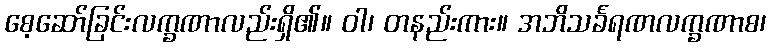
စေ့ဆော်ခြင်းလက္ခဏာလည်းရှိ၏။ ဝါ၊ တနည်းကား။ အဘိသင်္ခရဏလက္ခဏာစ၊